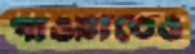
পাওয়াতেও